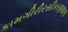
કામગીરીરસીકરણશાળા